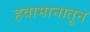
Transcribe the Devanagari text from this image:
हवामानातून